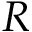
R